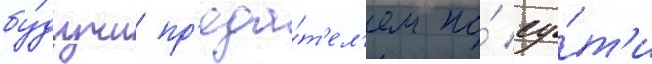
бу́дучи пр'еда́т'ел'ем по́ су́т'и